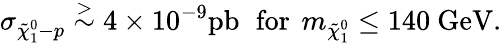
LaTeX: \sigma_{\tilde{\chi}_{1}^{0}-p}\stackrel{>}{\sim}4\times 10^{-9}\mathrm{pb}\, \, \mathrm{~for~}\, m_{\tilde{\chi}_{1}^{0}}\leq 140\mathrm{~GeV}.